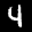
Label: 4